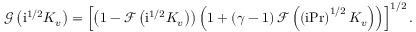
\mathcal { G } \left( \mathrm { i } ^ { 1 / 2 } K _ { v } \right) = \left[ \left( 1 - \mathcal { F } \left( \mathrm { i } ^ { 1 / 2 } K _ { v } \right) \right) \left( 1 + \left( \gamma - 1 \right) \mathcal { F } \left( \left( \mathrm { i } \mathrm { P r } \right) ^ { 1 / 2 } K _ { v } \right) \right) \right] ^ { 1 / 2 } .